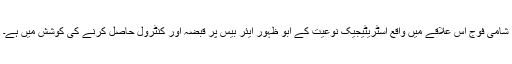
شامی فوج اس علاقے میں واقع اسٹریٹیجیک نوعیت کے ابو ظہور ایئر بیس پر قبضہ اور کنٹرول حاصل کرنے کی کوشش میں ہے۔